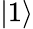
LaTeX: \left|1\right>